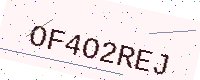
Text: OF4O2REJ